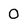
Character: O